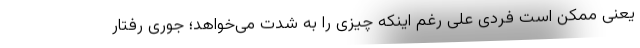
یعنی ممکن است فردی علی رغم اینکه چیزی را به شدت می‌خواهد؛ جوری رفتار